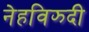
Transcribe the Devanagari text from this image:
नेहविझ्दी